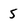
Character: 5